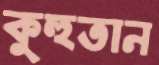
কুহুতান